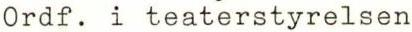
Ordf. i teaterstyrelsen